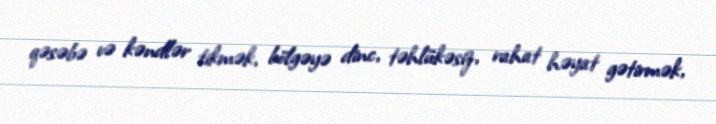
qəsəbə və kəndlər tikmək, bölgəyə dinc, təhlükəsiz, rahat həyat gətirmək,